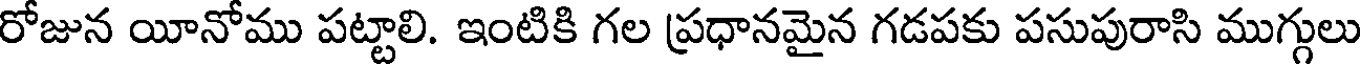
రోజున యీనోము పట్టాలి. ఇంటికి గల ప్రధానమైన గడపకు పసుపురాసి ముగ్గులు